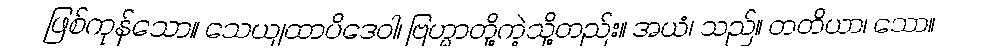
ဖြစ်ကုန်သော။ သေယျထာပိဒေဝါ၊ ဗြဟ္မာတို့ကဲ့သို့တည်း။ အယံ၊ သည်။ တတိယာ၊ သော။